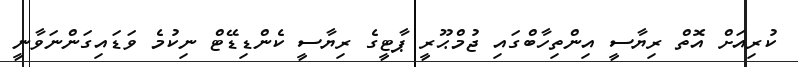
ކުރިއަށް އޮތް ރިޔާސީ އިންތިހާބްގައި ޖުމްޙޫރީ ޕާޓީގެ ރިޔާސީ ކެންޑިޑޭޓް ނިކުމެ ވަޑައިގަންނަވާނީ